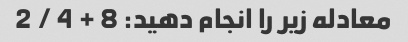
معادله زیر را انجام دهید: 8 + 4 / 2